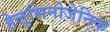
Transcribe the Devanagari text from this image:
हेलुसिनोजेनिक